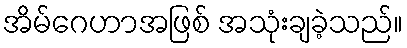
အိမ်ဂေဟာအဖြစ် အသုံးချခဲ့သည်။